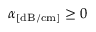
\alpha _ { [ \mathrm { d B / c m } ] } \geq 0